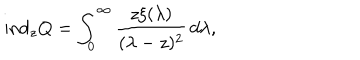
\mathrm { i n d } _ { z } Q = \int _ { 0 } ^ { \infty } \frac { z \xi ( \lambda ) } { ( \lambda - z ) ^ { 2 } } \, d \lambda ,